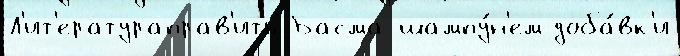
Л'ит'ератураправ'ить Басма шампу́н'ем доба́вк'и